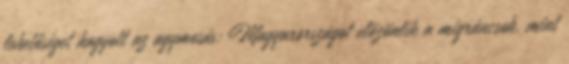
lehetőséget hagyott az agymosás: Magyarországot elözönlik a migráncsok, mint